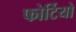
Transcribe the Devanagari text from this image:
फोर्टियो